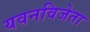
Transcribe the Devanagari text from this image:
यवनविजेता